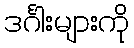
ဒင်္ဂါးများကို